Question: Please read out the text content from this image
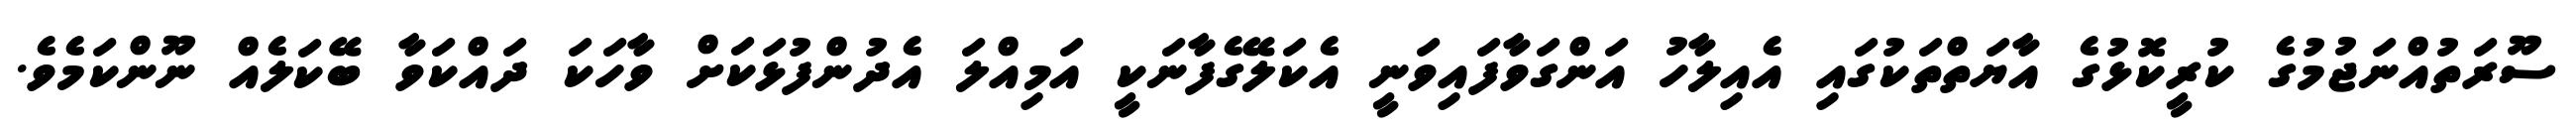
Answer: ސޫރަތުއްނަޖުމުގެ ކުރީކޮޅުގެ އާޔަތްތަކުގައި އެއިލާހު އަންގަވާފައިވަނީ އެކަލޭގެފާނަކީ އަމިއްލަ އެދުންފުޅަކަށް ވާހަކަ ދައްކަވާ ބޭކަލެއް ނޫންކަމެވެ.